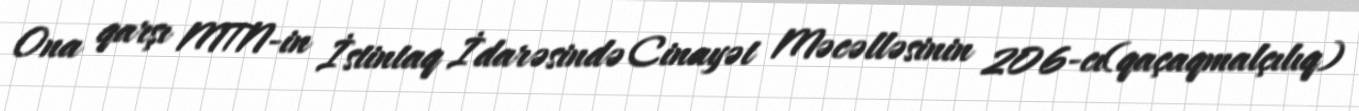
Ona qarşı MTN-in İstintaq İdarəsində Cinayət Məcəlləsinin 206-cı(qaçaqmalçılıq)